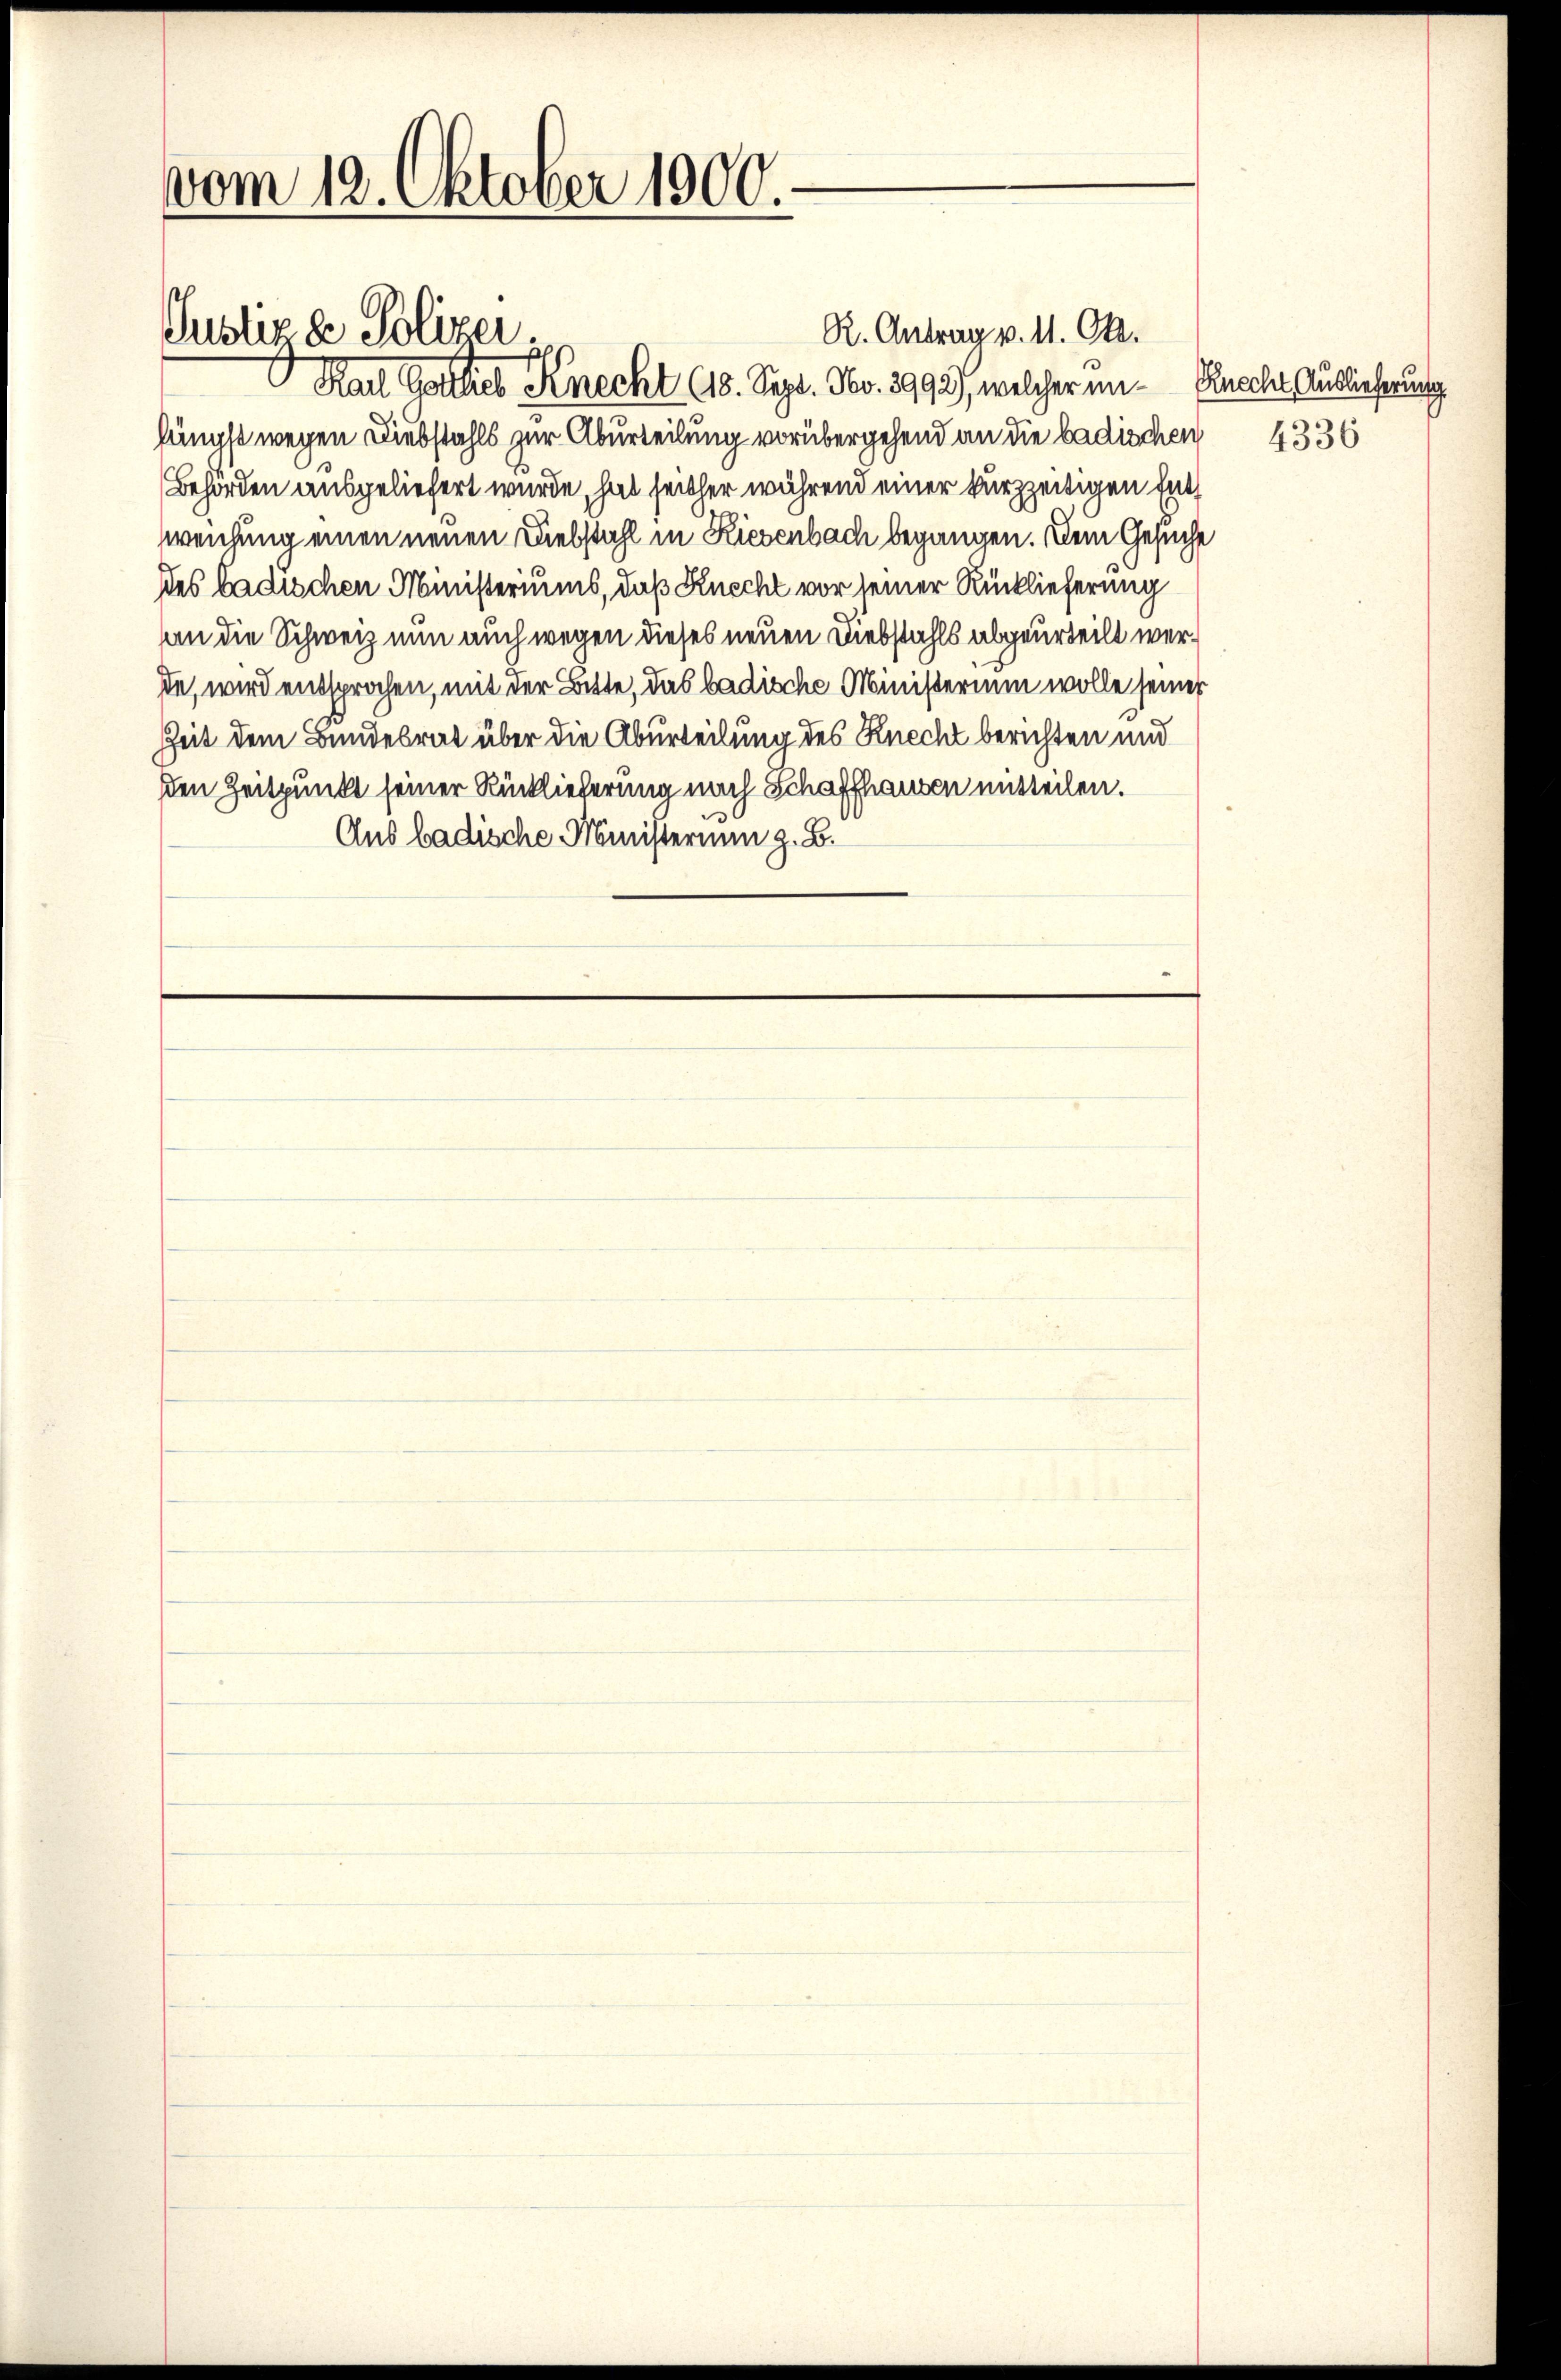
vom 12. Oktober 1900.

R. Antrag v. 11. Okt.
Rach Gottlieb Knecht (18. Sept. No. 2993), welcher unlängst wegen Diebstahls zur Aburteilung vorübergehend an die badischen 4336
Behörden ausgeliefert wurde, hat seither während einer kurzzeitigen Entweichung einen neuen Diebstahl in Riesenbach begangen. Dem Gesuche
des badischen Ministeriums, daß Knecht vor seiner Rücklieferung
an die Schweiz nun auch wegen dieses neuen Diebstahls abgeurteilt werde, wird entsprochen, mit der Bitte, das badische Ministerium wolle seiner
Zeit dem Bundesrat über die Aburteilung des Knecht berichten und
den Zeitpunkt seiner Rücklieferung nach Schaffhausen mitteilen.
Aus badische Ministerium z. B.

Justiz & Polizei.

Knecht Auslieferung